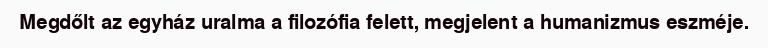
Megdőlt az egyház uralma a filozófia felett, megjelent a humanizmus eszméje.